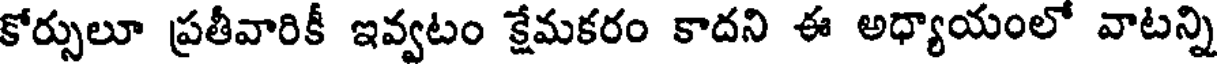
కోర్సులూ ప్రతీవారికీ ఇవ్వటం క్షేమకరం కాదని ఈ అధ్యాయంలో వాటన్ని